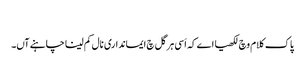
‏
پاک کلام وچ لکھیا اے کہ اَسی ہر گل چ ایمانداری نال کم لینا چاہنے آں۔